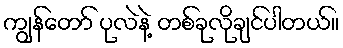
ကျွန်တော် ပုလဲနဲ့ တစ်ခုလိုချင်ပါတယ်။